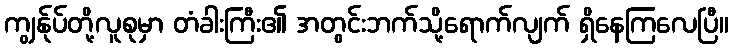
ကျွန်ုပ်တို့လူစုမှာ တံခါးကြီး၏ အတွင်းဘက်သို့ရောက်လျက် ရှိနေကြလေပြီ။